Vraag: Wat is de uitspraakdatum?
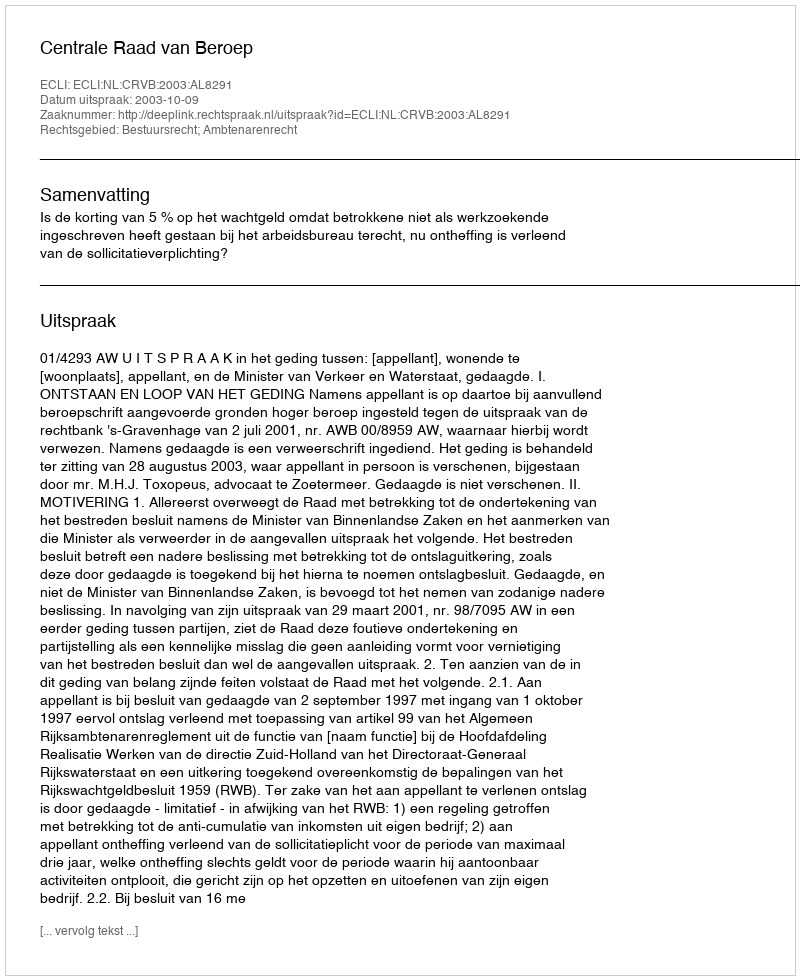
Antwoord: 2003-10-09